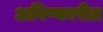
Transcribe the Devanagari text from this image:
अविष्कारीत